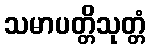
သမာပတ္တိသုတ္တံ